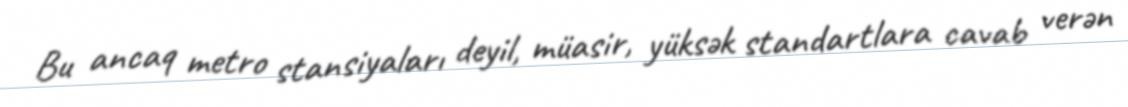
Bu ancaq metro stansiyaları deyil, müasir, yüksək standartlara cavab verən